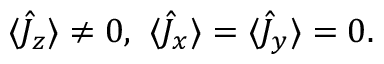
\begin{array} { r } { \langle \hat { J } _ { z } \rangle \neq 0 , \, \, \langle \hat { J } _ { x } \rangle = \langle \hat { J } _ { y } \rangle = 0 . } \end{array}